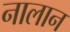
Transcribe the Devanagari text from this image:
नालान